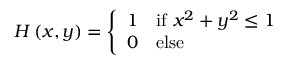
H \left( x , y \right) = { \left\{ \begin{array} { l l } { 1 } & { { \mathrm { i f ~ } } x ^ { 2 } + y ^ { 2 } \leq 1 } \\ { 0 } & { { \mathrm { e l s e } } } \end{array} \right. }